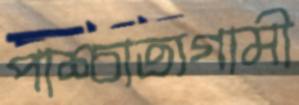
পাশ্চাত্যগামী